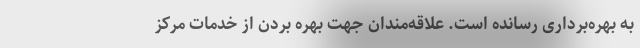
به بهره‌برداری رسانده است. علاقه‌مندان جهت بهره بردن از خدمات مرکز